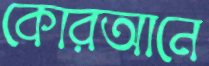
কোরআনে